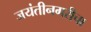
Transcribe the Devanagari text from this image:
जयंतीनगरीचा